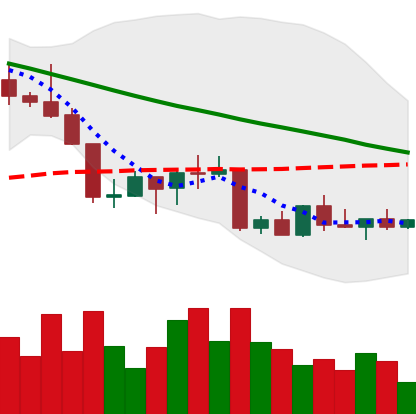
Ticker: NEO-USD
Chart end date: 2022-09-03
Forward return: 3.253%
Label: up_3_5